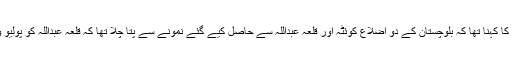
ڈاکٹر سیف الرحمن کا کہنا تھا کہ بلوچستان کے دو اضلاع کوئٹہ اور قلعہ عبداللہ سے حاصل کیے گئے نمونے سے پتا چلا تھا کہ قلعہ عبداللہ کو پولیو وائرس کا گڑھ ہے۔